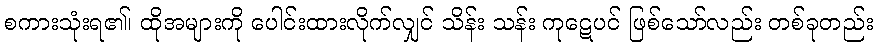
စကားသုံးရ၏၊ ထိုအများကို ပေါင်းထားလိုက်လျှင် သိန်း သန်း ကုဋေပင် ဖြစ်သော်လည်း တစ်ခုတည်း